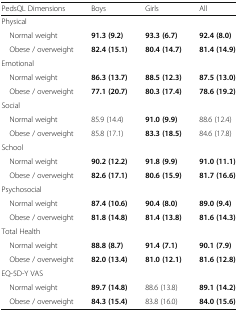
<table><thead><tr><td><b>PedsQL Dimensions</b></td><td><b>Boys</b></td><td><b>Girls</b></td><td><b>All</b></td></tr></thead><tbody><tr><td colspan="4">Physical</td></tr><tr><td> Normal weight</td><td><b>91.3 (9.2)</b></td><td><b>93.3 (6.7)</b></td><td><b>92.4 (8.0)</b></td></tr><tr><td> Obese / overweight</td><td><b>82.4 (15.1)</b></td><td><b>80.4 (14.7)</b></td><td><b>81.4 (14.9)</b></td></tr><tr><td colspan="4">Emotional</td></tr><tr><td> Normal weight</td><td><b>86.3 (13.7)</b></td><td><b>88.5 (12.3)</b></td><td><b>87.5 (13.0)</b></td></tr><tr><td> Obese / overweight</td><td><b>77.1 (20.7)</b></td><td><b>80.3 (17.4)</b></td><td><b>78.6 (19.2)</b></td></tr><tr><td colspan="4">Social</td></tr><tr><td> Normal weight</td><td>85.9 (14.4)</td><td><b>91.0 (9.9)</b></td><td>88.6 (12.4)</td></tr><tr><td> Obese / overweight</td><td>85.8 (17.1)</td><td><b>83.3 (18.5)</b></td><td>84.6 (17.8)</td></tr><tr><td colspan="4">School</td></tr><tr><td> Normal weight</td><td><b>90.2 (12.2)</b></td><td><b>91.8 (9.9)</b></td><td><b>91.0 (11.1)</b></td></tr><tr><td> Obese / overweight</td><td><b>82.6 (17.1)</b></td><td><b>80.6 (15.9)</b></td><td><b>81.7 (16.6)</b></td></tr><tr><td colspan="4">Psychosocial</td></tr><tr><td> Normal weight</td><td><b>87.4 (10.6)</b></td><td><b>90.4 (8.0)</b></td><td><b>89.0 (9.4)</b></td></tr><tr><td> Obese / overweight</td><td><b>81.8 (14.8)</b></td><td><b>81.4 (13.8)</b></td><td><b>81.6 (14.3)</b></td></tr><tr><td colspan="4">Total Health</td></tr><tr><td> Normal weight</td><td><b>88.8 (8.7)</b></td><td><b>91.4 (7.1)</b></td><td><b>90.1 (7.9)</b></td></tr><tr><td> Obese / overweight</td><td><b>82.0 (13.4)</b></td><td><b>81.0 (12.1)</b></td><td><b>81.6 (12.8)</b></td></tr><tr><td colspan="4">EQ-5D-Y VAS</td></tr><tr><td> Normal weight</td><td><b>89.7 (14.8)</b></td><td>88.6 (13.8)</td><td><b>89.1 (14.2)</b></td></tr><tr><td> Obese / overweight</td><td><b>84.3 (15.4)</b></td><td>83.8 (16.0)</td><td><b>84.0 (15.6)</b></td></tr></tbody></table>